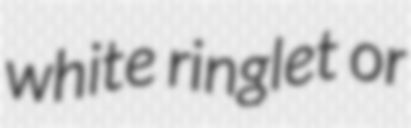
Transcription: white ringlet or